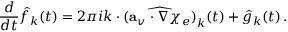
\frac { d } { d t } \hat { f } _ { k } ( t ) = 2 \pi i k \cdot \widehat { ( \mathbf { a } _ { v } \cdot \nabla \chi _ { e } ) } _ { k } ( t ) + \hat { g } _ { k } ( t ) \, .